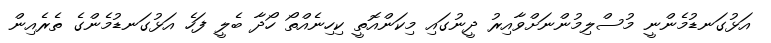
އަޅުގަނޑުމެންނީ މުސްލިމުންނަށްވާއިރު ދީނުގައި މިކަންއޮތީ ކިހިނެއްތޯ ހޯދާ ބެލީ ފަހެ އަޅުގަނޑުމެންގެ ތެރެއިން